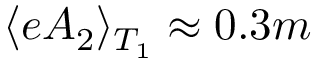
\langle e A _ { 2 } \rangle _ { T _ { 1 } } \approx 0 . 3 m